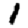
Digit: 1